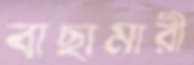
বাছামারী